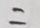
=